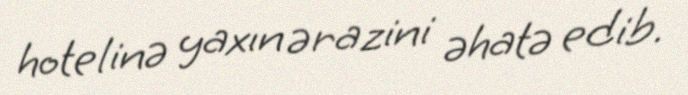
hotelinə yaxın ərazini əhatə edib.